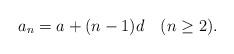
LaTeX: \begin{align*}a_n=a+(n-1)d\quad(n\geq2).\end{align*}